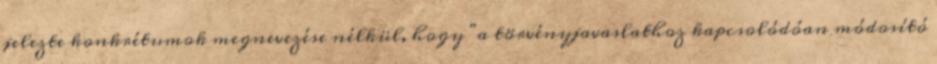
jelezte konkrétumok megnevezése nélkül, hogy "a törvényjavaslathoz kapcsolódóan módosító